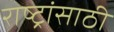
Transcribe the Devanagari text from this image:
राष्ट्रांसाठी